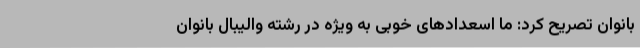
بانوان تصریح کرد: ما اسعدادهای خوبی به ویژه در رشته والیبال بانوان